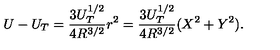
U - U _ { T } = \frac { 3 U _ { T } ^ { 1 / 2 } } { 4 R ^ { 3 / 2 } } r ^ { 2 } = \frac { 3 U _ { T } ^ { 1 / 2 } } { 4 R ^ { 3 / 2 } } ( X ^ { 2 } + Y ^ { 2 } ) .